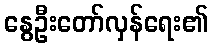
နွေဦးတော်လှန်ရေး၏